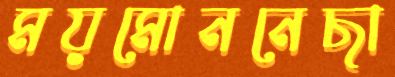
ময়মোননেছা